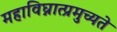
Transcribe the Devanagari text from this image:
महाविघ्नात्प्रमुच्यते